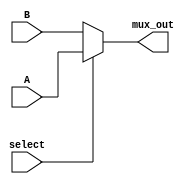
//2-input multiplexer

module mux2(
	input wire [7:0] A,
	input wire [7:0] B,
	input wire select,
	output wire [7:0] mux_out
);

assign mux_out = (select) ? A:B;

endmodule